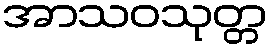
အာသဝသုတ္တ